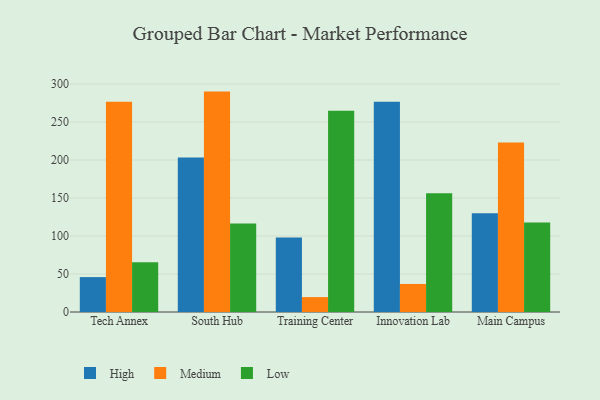
{"axis": {"x": "Campus", "y": "Customer Acquisition Cost (USD)"}, "legend": ["High", "Low", "Medium"], "data": [{"x": "Tech Annex", "y": 45.9, "type": "High"}, {"x": "Tech Annex", "y": 276.8, "type": "Medium"}, {"x": "Tech Annex", "y": 65.5, "type": "Low"}, {"x": "South Hub", "y": 203.3, "type": "High"}, {"x": "South Hub", "y": 290.0, "type": "Medium"}, {"x": "South Hub", "y": 116.5, "type": "Low"}, {"x": "Training Center", "y": 98.0, "type": "High"}, {"x": "Training Center", "y": 19.6, "type": "Medium"}, {"x": "Training Center", "y": 264.9, "type": "Low"}, {"x": "Innovation Lab", "y": 276.6, "type": "High"}, {"x": "Innovation Lab", "y": 36.9, "type": "Medium"}, {"x": "Innovation Lab", "y": 156.3, "type": "Low"}, {"x": "Main Campus", "y": 129.9, "type": "High"}, {"x": "Main Campus", "y": 223.1, "type": "Medium"}, {"x": "Main Campus", "y": 117.7, "type": "Low"}]}